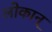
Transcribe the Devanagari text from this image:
लोकान्